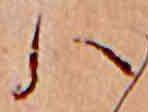
ハ